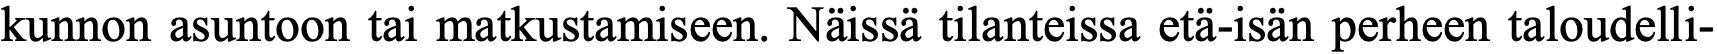
kunnon asuntoon tai matkustamiseen. Näissä tilanteissa etä-isän perheen taloudelli-